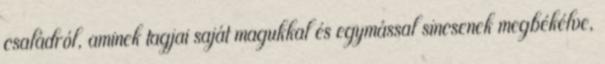
családról, aminek tagjai saját magukkal és egymással sincsenek megbékélve,